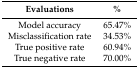
| Evaluations | % |
 | --- | --- |
 | Model accuracy | 65.47% |
 | Misclassification rate | 34.53% |
 | True positive rate | 60.94% |
 | True negative rate | 70.00% |